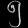
Digit: ၅